Vana-Antsla_vallavalitsus, lk 24
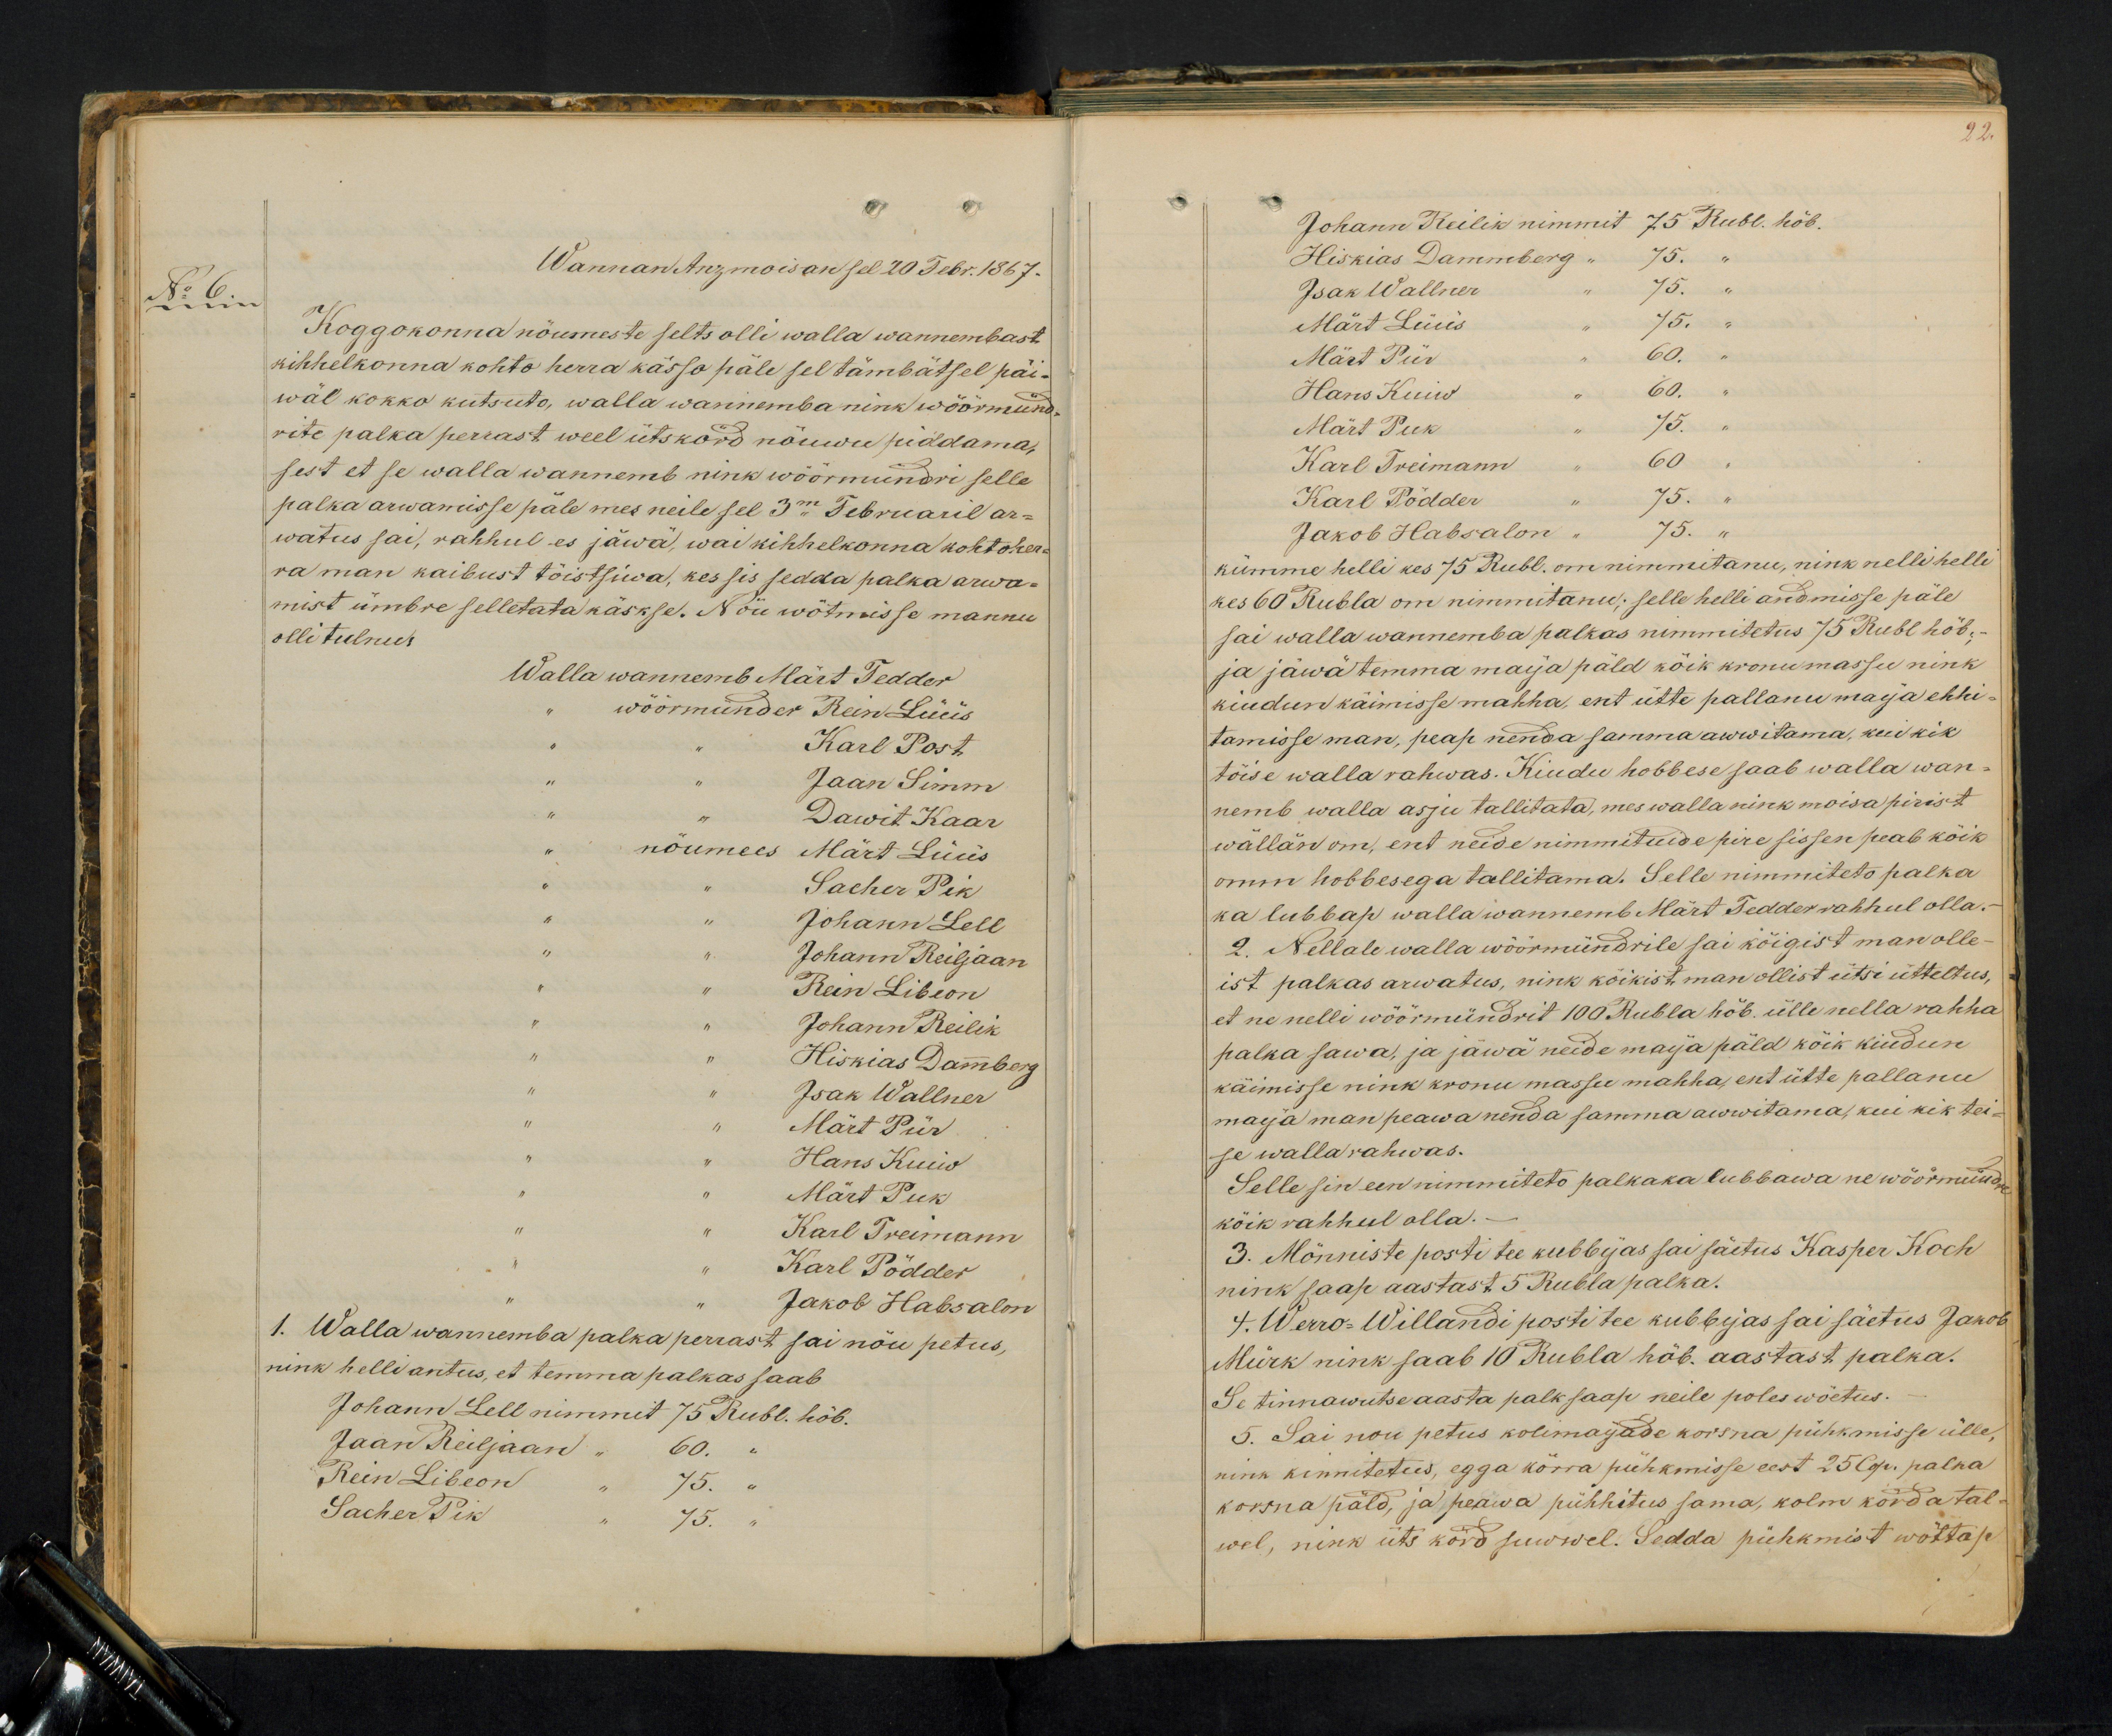
No 6.
Wannan Anzmoisan sel 20 Febr. 1867.
Koggokonna nöumeste selts olli walla wannembast
kihhelkonna kohto herra kässo päle sel tämbätsel päi-
wäl kokko kutsuto, walla wannemba nink wöörmünd-
rite palka perrast weel ütskord nöuwu piddama,
sest et se walla wannemb nink wöörmündri selle
palka arwamisse päle mes neile sel 3mal Februaril ar-
watus sai, rahhul es jäwa, wai kihhelkonna kohtoher-
ra man kaibust töistsiwa, kes sis sedda palka arwa-
mist ümbre selletata käskse. Nöu wötmisse mannu
olli tulnud.
Walla wannemb Märt Tedder
wöörmünder Rein Lüüs
Karl Post
Jaan Simm
Dawit Kaar
nöumees Märt Lüüs
Sacher Pik
Johann Lell
Johann Reiljaan
Rein Libeon
Johann Reilik
Hiskias Dammberg
Isak Wallner
Märt Piir
Hans Kuiw
Märt Puk
Karl Treimann
Karl Pödder
Jakob Hapsalon
1. Walla wannemba palka perrast sai nöu petus
nink helli antus, et temma palkas saab
Johann Lell nimmit 75 Rubl. hõb.
Jaan Reiljaan " 60 "
Rein Libeon " 75. "
Sacher Pik " 75. "

22.
Johann Reilik nimmit 75 Rubl. höb.
Hiskias Dammberg " 75.
Isak Wallner " 75 "
Märt Lüüs " 75 "
Märt Piir " 60.
Hans Kuiw " 60.
Märt Puk " 75.
Karl Treimann " 60
Karl Pödder " 75.
Jakob Hapsalon " 75.
kümme helli kes 75 Rubl. om nimmitanu, nink nelli helli
kes 60 Rubla om nimmitanu; selle helli andmisse päle
sai walla wannemba palkas nimmitetus 75 Rubl hõb.
ja jäwa temma maija päld kõik kronu massu nink
kiudun käimisse mahha, ent ütte pallanu majja ehhi-
tamisse man, peap nenda samma awwitama, kui kik
töise walla rahwas. Kiudu hobbese saab walla wan-
nemb walla asju tallitata, mes walla nink moisa pirist
wällän om, ent neide nimmitude pire sissen peab köik
omm hobbesega tallitama. Selle nimmiteto palka
ka lubbap walla wannemb Märt Tedder rahhul olla.
2. Nellale walla wöörmündrile sai köigist man olle-
ist palkas arwatus, nink köikist man ollist ütsi ütteltus,
et ne nelli wöörmündrit 100 Rubla höb. ülle nella rahha
palka sawa, ja jäwa neide majja päld köik kiudun
käimisse nink kronu massu mahha, ent ütte pallanu
maija man peawa nenda samma awwitama, kui kik tei-
se wallarahwas.
Selle sin een nimmiteto palkaka lubbawa ne wöörmünd
köik vahhel olla.
3. Mönniste posti tee kubbijas sai säetus Kasper Koch
nink saap aastast 5 Rubla palka.
4. Werro-Willandi posti tee kubbijas sai säetus Jakob
Mürk nink saab 10 Rubla höb. aastast palka.
Se tinnawutse aasta palk saap neile poles wöetus.
5. Sai nou petus kolimaijade korsna pühkmisse ülle,
nink kinnitetud, egga körra pühkmisse eest 25 Cop. palka
korsna päld, ja peawa pühhitus sama, kolm korda tal-
wel, nink üts kord suwel. Sedda pühkmist wöttap